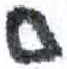
אות: ס